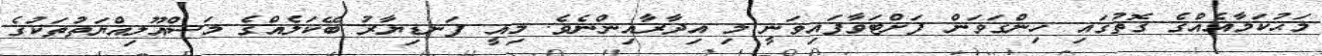
މަޙުކަމާއެއްގެ ގޮތުގައި ހިންގަވަން ފަށްޓަވާފައިވަނީ މި އިދާރާއިންނެވެ. މިއީ ފަނޑިޔާރު ބޭކަލެއްގެ މަސްއޫލިއްޔަތުތަކުގެ